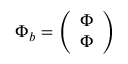
\begin{array} { r } { \Phi _ { b } = \left( \begin{array} { c } { \Phi } \\ { \Phi } \end{array} \right) } \end{array}